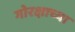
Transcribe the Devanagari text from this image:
गोरक्षाच्या